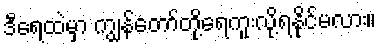
ဒီရေထဲမှာ ကျွန်တော်တို့ရေကူးလို့ရနိုင်မလား။